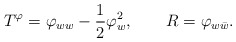
\begin{align*}T^\varphi = \varphi_{ww} - {1\over 2} \varphi_w^2, \qquad R = \varphi_{w\bar{w}}.\end{align*}